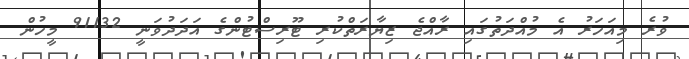
ވުރެ މިއަހަރު އެ މުއްދަތުގައި ރާއްޖެ ޒިޔާރަތްކުރި ޓޫރިސްޓުންގެ އަދަދުވަނީ 91132 މީހުން